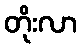
တိုးလာ